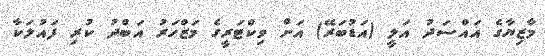
މާޒިޔާގެ އައްސަދު އަލީ (އަޑުބަރޭ) އަށް ވިކްޓަރީގެ މަޒްހަރު އަބްދު ކުރި ފައުލަކާ